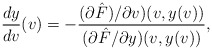
\begin{align*} \frac{dy}{dv}(v)=-\frac{(\partial\hat{F})/\partial v)(v,y(v))}{(\partial\hat{F}/\partial y)(v,y(v))},\end{align*}